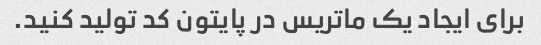
برای ایجاد یک ماتریس در پایتون کد تولید کنید.